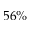
5 6 \%